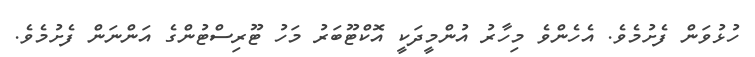
ހުޅުވަން ފެށުމެވެ. އެހެންވެ މިހާރު އުންމީދަކީ އޮކްޓޫބަރު މަހު ޓޫރިސްޓުންގެ އަންނަން ފެށުމެވެ.